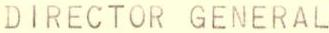
DIRECTOR GENERAL